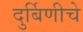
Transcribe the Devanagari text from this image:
दुर्बिणीचे